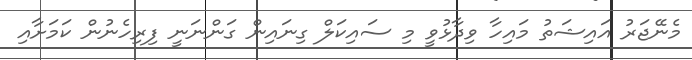
މެނޭޖަރު އައިޝަތު މައިހާ ވިދާޅުވީ މި ސައިކަލް ގިނައިން ގަންނަނީ ފިރިހެނުން ކަމަށާއި